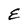
Character: E